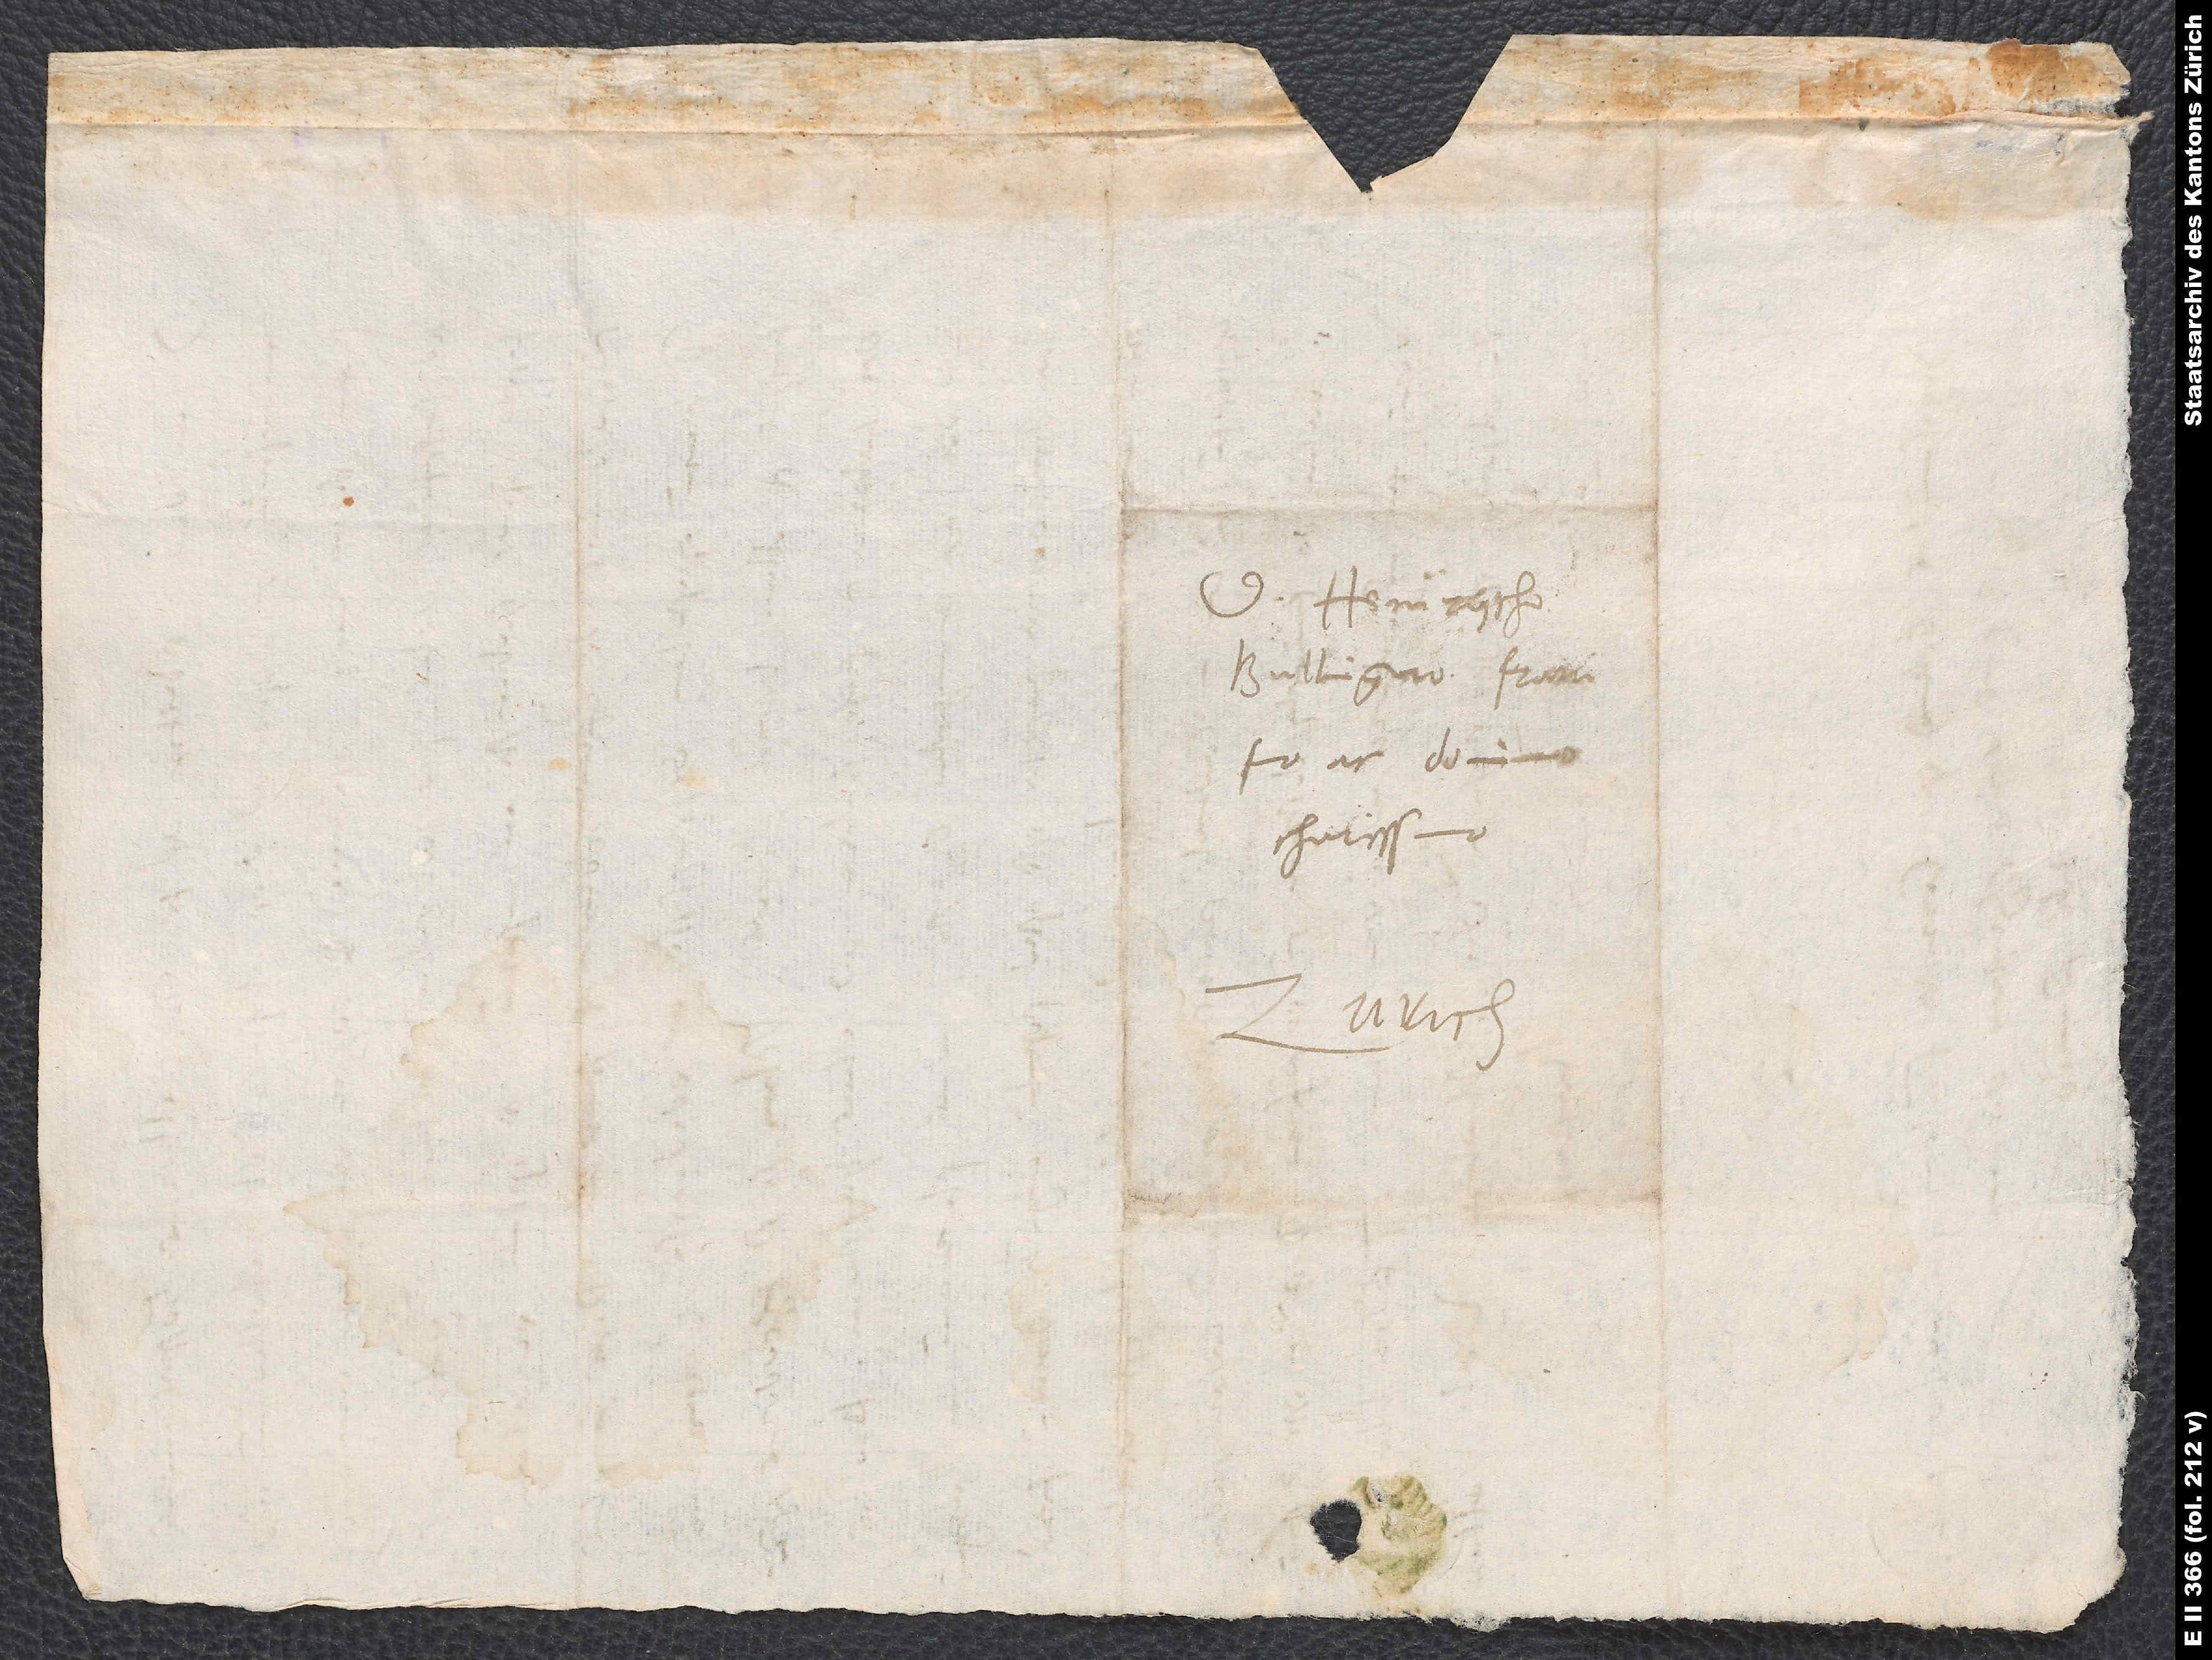
D. Heinrycho
Bullingero, fratri
ac domino
charissimo.
Zurich.